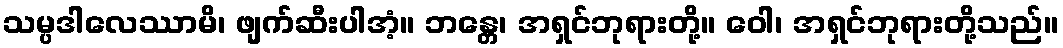
သမ္ပဒါလေဿာမိ၊ ဖျက်ဆီးပါအံ့။ ဘန္တေ၊ အရှင်ဘုရားတို့။ ဝေါ၊ အရှင်ဘုရားတို့သည်။